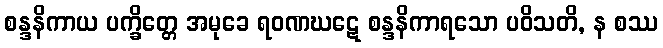
စန္ဒနိကာယ ပက္ခိတ္တေ အမုခေ ရဝဏဃဋေ စန္ဒနိကာရသော ပဝိသတိ, န စဿ